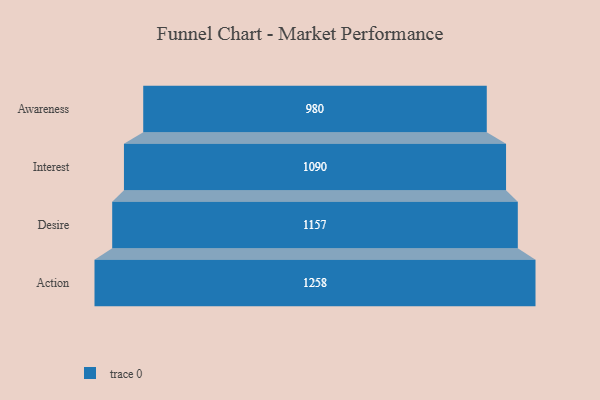
{"axis": {"x": "Stage", "y": "Value"}, "legend": [""], "data": [{"x": "Awareness", "y": 980.0, "type": ""}, {"x": "Interest", "y": 1090.0, "type": ""}, {"x": "Desire", "y": 1157.0, "type": ""}, {"x": "Action", "y": 1258.0, "type": ""}]}